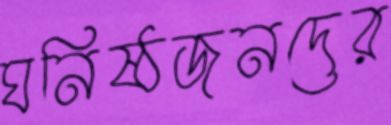
ঘনিষ্ঠজনদের